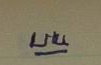
บน